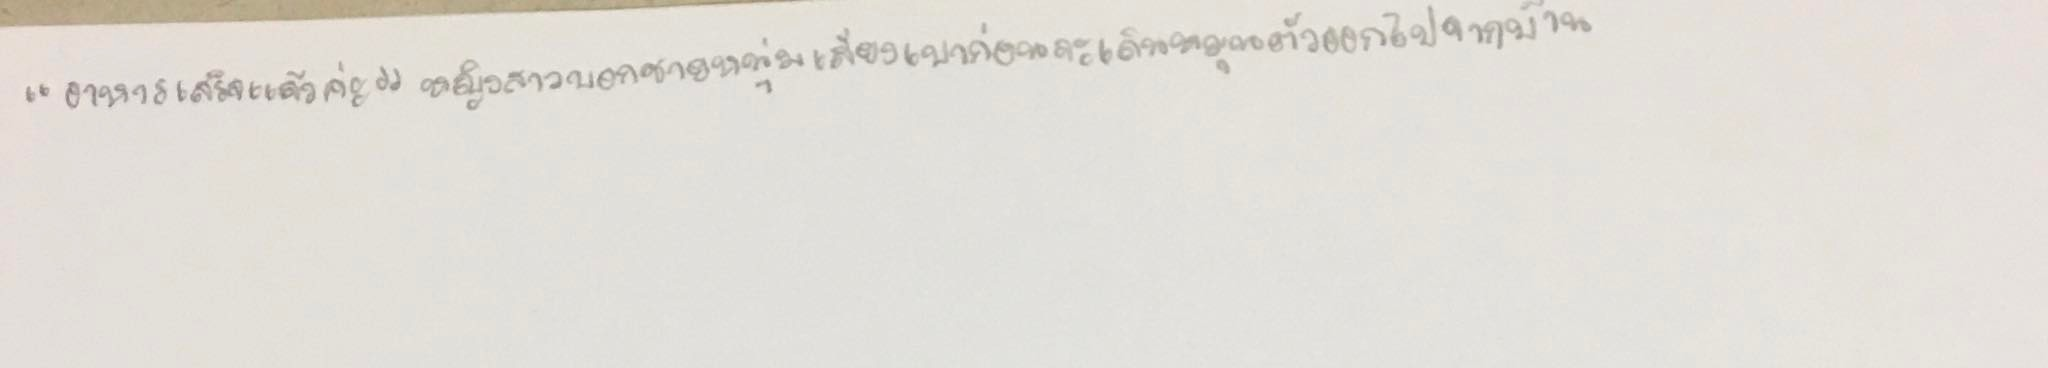
"อาหารเสร็จแล้วค่ะ"หญิงสาวบอกชายหนุ่มเสียงเบาก่อนจะเดินหมุนตัวออกไปจากบ้าน